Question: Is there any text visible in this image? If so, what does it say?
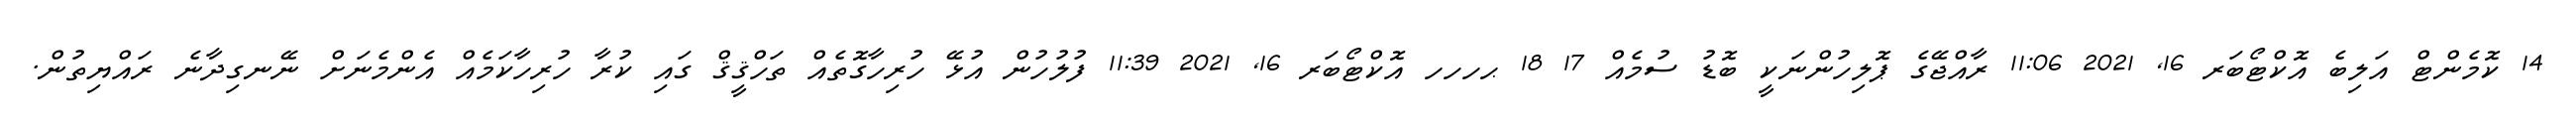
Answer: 14 ކޮމެންޓް އަލިބެ އޮކްޓޯބަރ 16, 2021 11:06 ރާއްޖޭގެ ޕޮލިހުންނަކީ ބޮޑު ސުމެއް 17 18 ޙހހހ އޮކްޓޯބަރ 16, 2021 11:39 ފުލުހުން އުޅޭ ހުރިހާގޮތެއް ތަހްޤީޤް ގައި ކުރާ ހުރިހާކަމެއް އެންމެނަށް ނޭނގިދާނެ ރައްޔިތުން.